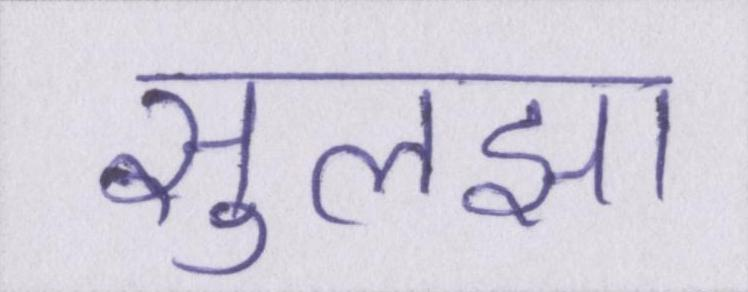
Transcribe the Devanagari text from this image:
सुलझा